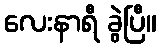
လေးနာရီ ခွဲပြီ။